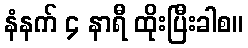
နံနက် ၄ နာရီ ထိုးပြီးခါစ။